Civil Veterinary Department Bengal reports 1933-51 - 1933-1951
Year: 1933
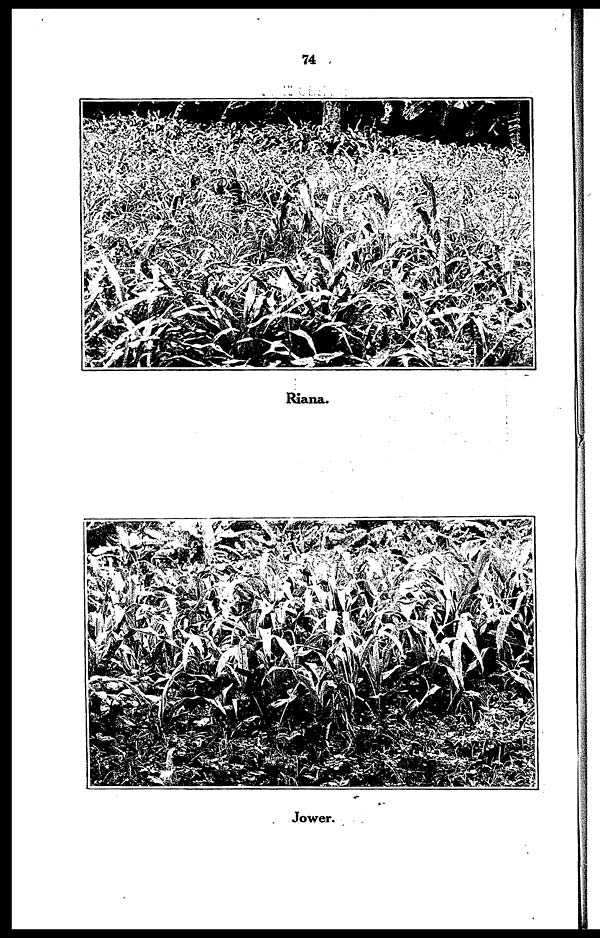
74
Riana.
Jower.